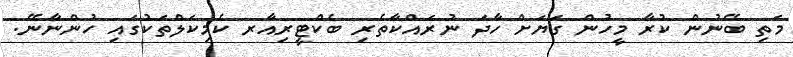
މަތި ބޭނުން ކުރާ މީހުން ގަޔަށް ހާދަ ނުރައްކާތެރި ބެކްޓީރިއާރ ކެމިކަލްތަކުގައި ހުންނާނޭ.